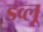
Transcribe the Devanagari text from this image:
डव्लू